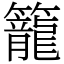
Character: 籠